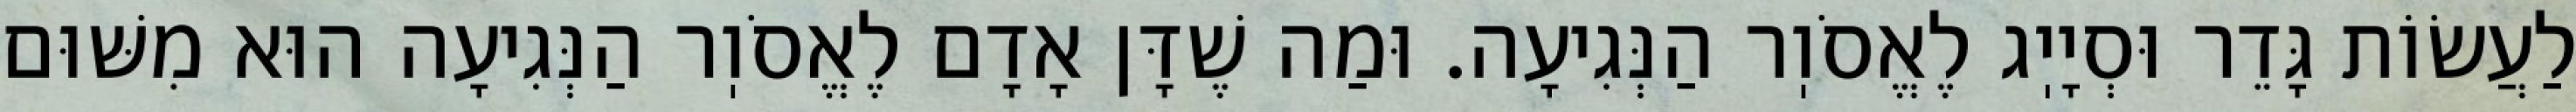
לַעֲשׂוֹת גָּדֵר וּסְיָיֽג לֶאֱסֹוֽר הַנְּגִיעָה. וּמַה שֶׁדָּן אָדָם לֶאֱסֹוֽר הַנְּגִיעָה הוּא מִשּׁוּם